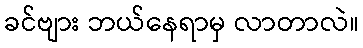
ခင်ဗျား ဘယ်နေရာမှ လာတာလဲ။